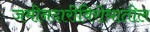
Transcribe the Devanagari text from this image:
जमीनदारीविरोधातील